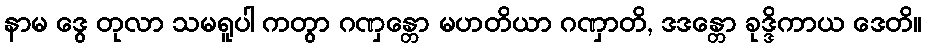
နာမ ဒွေ တုလာ သမရူပါ ကတွာ ဂဏှန္တော မဟတိယာ ဂဏှာတိ, ဒဒန္တော ခုဒ္ဒိကာယ ဒေတိ။